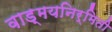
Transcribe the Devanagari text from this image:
वाड्मयनिर्मिती